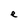
Character: e